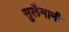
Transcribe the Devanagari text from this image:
सुलैमानी